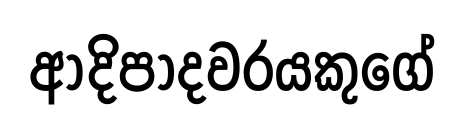
ආදිපාදවරයකුගේ